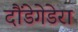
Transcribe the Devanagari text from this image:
दौंडेगेडेरा